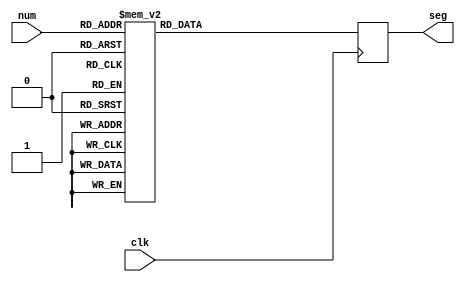
`timescale 1ns / 1ps

//////////////////////////////////////////////////////////////////////////////////
module seven_seg_module(
    input [3:0] num,
    input clk,
    output reg [7:0] seg
);

    reg [2:0] was_nine;

    always @ (posedge clk) begin
        case (num)
        4'b0000: seg = 7'b1000000;  // 7-segment pattern for '0'
        4'b0001: seg = 7'b1111001;  // 7-segment pattern for '1'
        
		  4'b0010: seg = 7'b0100100;   // 7-segment pattern for '2'
        4'b0011: seg = 7'b0110000;  // 7-segment pattern for '3'
		  
        4'b0100: seg = 7'b0011001;  // 7-segment pattern for '4'
		  
        4'b0101: seg = 7'b0010010;  // 7-segment pattern for '5'
		  
        4'b0110: seg = 7'b0000010;  // 7-segment pattern for '6'
        4'b0111: seg = 7'b1111000;  // 7-segment pattern for '7'
        
		  4'b1000: seg = 7'b0000000;  // 7-segment pattern for '8'
        4'b1001: seg = 7'b0010000;  // 7-segment pattern for '9'
		  
		  default: seg = 7'b0000000;  // Default case for an unknown input, displaying blank
        
    endcase
        
        /*if (num == 9) begin
				#100;
            was_nine <= was_nine + 1;
        end
        case (was_nine)
            3'b001: seg = 7'b1111000;
            3'b010: seg = 7'b0110000;
            
        endcase*/
    end

    initial begin
        was_nine <= 3'b000;
    end

endmodule